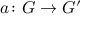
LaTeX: a \colon G \to G ^ { \prime }